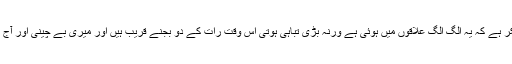
آپ واقف ہیں دو دن سے کراچی میں شدید بارش ہوئی ہے اللہ کا شکر ہے کہ یہ الگ الگ علاقوں میں ہوئی ہے ورنہ بڑی تباہی ہوتی اس وقت رات کے دو بجنے قریب ہیں اور میری بے چینی اور آج کے روڈ پر دیکھے ہوئے مناظر میری نظروں میں گھوم رہے ہیں۔